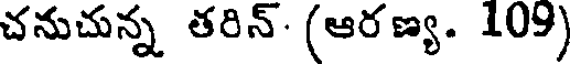
చనుచున్న తరిన్. (ఆరణ్య. 109)